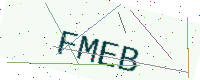
Text: FMEB